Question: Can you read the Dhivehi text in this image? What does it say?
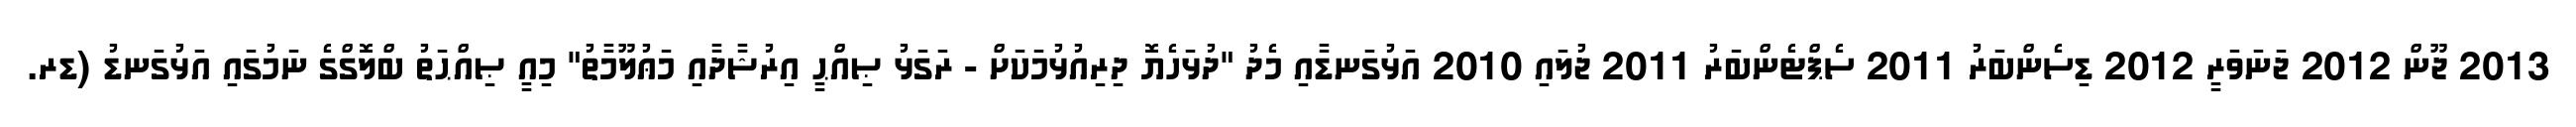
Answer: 2013 ޖޫން 2012 ޖަނަވަރީ 2012 ޑިސެންބަރު 2011 ސެޕްޓެންބަރު 2011 ޖުލައި 2010 އަޅުގަނޑާއި މެދު "ދުޅަހެޔޮ ދިރިއުޅުމަކަށް - ރަގަޅު ޞިއްޙީ އިރުޝާދާއި މަޢުލޫމާތު" މިއީ ޞިއްޙަތު ބްލޮގްގެ ނަމުގައި އަޅުގަނޑު (ޑރ.